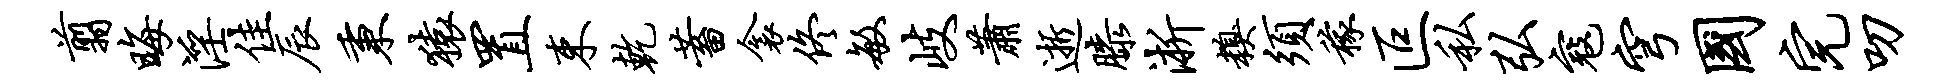
翦晦淫佳辰秉猿置束乾蓄衾佟敏岐萧逝膝淅糗须稼叵私弘寇穹国完叨